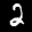
Label: 2